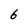
Character: 6